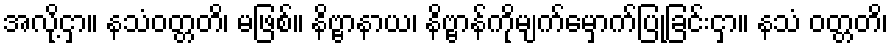
အလို့ငှာ။ နသံဝတ္တတိ၊ မဖြစ်။ နိဗ္ဗာနာယ၊ နိဗ္ဗာန်ကိုမျက်မှောက်ပြုခြင်းငှာ။ နသံ ဝတ္တတိ၊